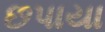
છપાયા